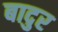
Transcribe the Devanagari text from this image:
बादुर